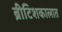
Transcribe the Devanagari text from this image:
ब्रीटिशकालात